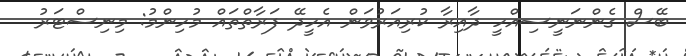
ބޭސް ގެންނަނީސިއްހީ ދާއިރާ ކުރިއަރުވަން އެހީދޭ ފަރާތްތައް މުހިންމު: މިނިސްޓަރު